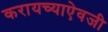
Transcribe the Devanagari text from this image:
करायच्याऐवजी